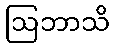
ဩဘာသိ